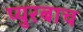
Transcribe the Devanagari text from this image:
प्युरबाच